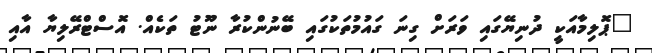
"ޕޮލިމާއަކީ ދުނިޔޭގައި ވަރަށް ގިނަ ގައުމުތަކުގައި ބޭނުންކުރާ ނޫޓު ތަކެއް. އޮސްޓްރޭލިޔާ އާއި